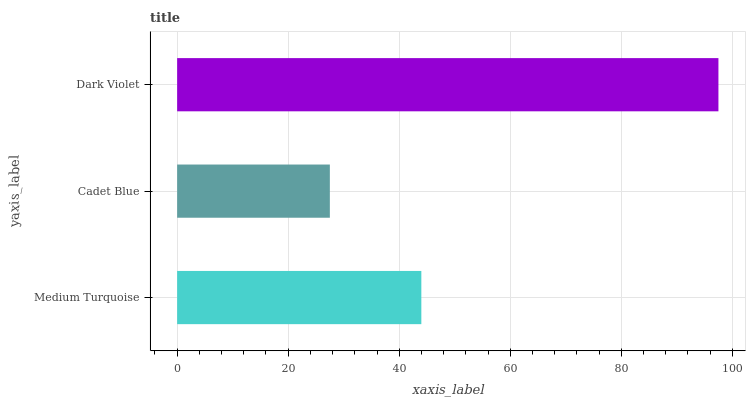
| yaxis_label | bars |
 | --- | --- |
 | Medium Turquoise | 44 |
 | Cadet Blue | 27.5 |
 | Dark Violet | 97.5 |